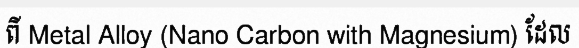
ពី Metal Alloy (Nano Carbon with Magnesium) ដែល